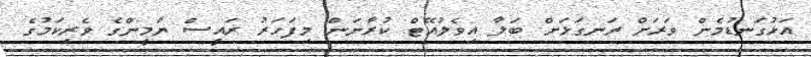
އަޅުގަނޑުމެން ވަރަށް ރަނގަޅަށް ބަލާ އިވެލުއޭޓް ކުރާނަން މިފަހަރު ރައީސް ޔާމީންގެ ވެރިކަމުގެ